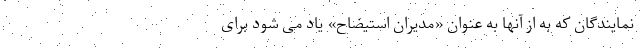
نمایندگان که به از آنها به عنوان «مدیران استیضاح» یاد می شود برای